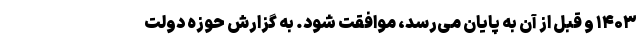
۱۴۰۳ و قبل از آن به پایان می‌رسد، موافقت شود. به گزارش حوزه دولت